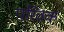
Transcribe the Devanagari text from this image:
परिवकं